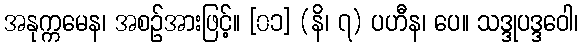
အနုက္ကမေန၊ အစဉ်အားဖြင့်။ [၀၁] (နိ၊ ၇) ပဟီန၊ ပေ။ သဒ္ဒုပဒ္ဒဝေါ၊